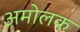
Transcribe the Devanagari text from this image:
अमोलक